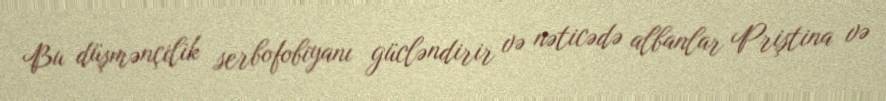
Bu düşmənçilik serbofobiyanı gücləndirir və nəticədə albanlar Priştina və